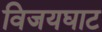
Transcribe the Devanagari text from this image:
विजयघाट